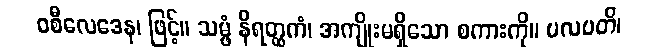
ဝစီလေဒေန၊ ဖြင့်။ သမ္ဖံ နိရတ္ထကံ၊ အကျိုးမရှိသော စကားကို။ ပလပတိ၊